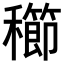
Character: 𥣮